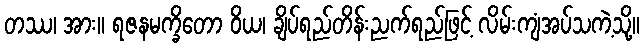
တဿ၊ အား။ ရဇနမက္ခိတော ဝိယ၊ ချိပ်ရည်တိန်းညက်ရည်ဖြင့် လိမ်းကျံအပ်သကဲ့သို့။